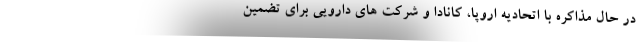
در حال مذاکره با اتحادیه اروپا، کانادا و شرکت های دارویی برای تضمین